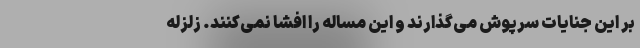
بر این جنایات سرپوش می‌گذارند و این مساله را افشا نمی‌کنند. زلزله